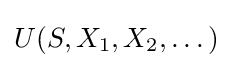
U(S,X_{1},X_{2},\dots )